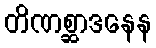
တိဏစ္ဆာဒနေန